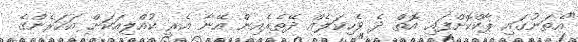
"އެތަނުގައި ޕާކްކޮށްފައި އޮތް ދެ ވެހިކަލެއް ދޭތެރެއިން އޭނާ އެރީ ކުއްލިއަކަށް އަހަރެންގެ